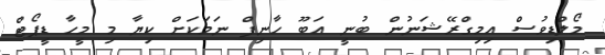
މޯލްޑިވުސް އިމިގްރޭޝަނުން ބުނީ އަބޫ ހާނިފް ނަމަކަށް ކިޔާ މި މީހާ ޑީޕޯޓް